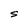
Character: S